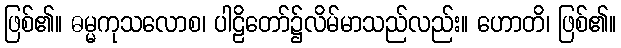
ဖြစ်၏။ ဓမ္မကုသလောစ၊ ပါဠိတော်၌လိမ်မာသည်လည်း။ ဟောတိ၊ ဖြစ်၏။